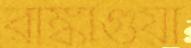
রাঙ্কাগুয়া